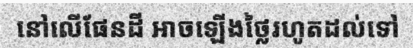
នៅលើផែនដី អាចឡើងថ្លៃរហូតដល់ទៅ